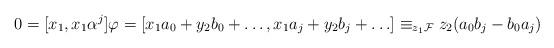
LaTeX: \begin{align*} 0 = [x_1, x_1 \alpha^j] \varphi = [x_1 a_0 + y_2 b_0 + \ldots, x_1 a_j + y_2 b_j + \ldots] \equiv_{z_1 \mathcal{F}} z_2 (a_0 b_j - b_0 a_j) \end{align*}